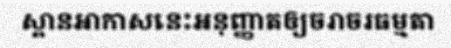
ស្ពានអាកាសនេះអនុញ្ញាតឲ្យចរាចរធម្មតា